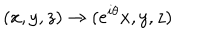
( x , y , z ) \to ( e ^ { i \theta } x , y , z )